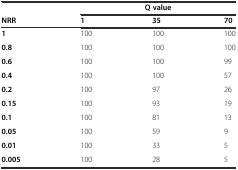
<table><thead><tr><td>[EMPTY_CELL]</td><td colspan="3"><b>Q value</b></td></tr><tr><td><b>NRR</b></td><td><b>1</b></td><td><b>35</b></td><td><b>70</b></td></tr></thead><tbody><tr><td><b>1</b></td><td>100</td><td>100</td><td>100</td></tr><tr><td><b>0.8</b></td><td>100</td><td>100</td><td>100</td></tr><tr><td><b>0.6</b></td><td>100</td><td>100</td><td>99</td></tr><tr><td><b>0.4</b></td><td>100</td><td>100</td><td>57</td></tr><tr><td><b>0.2</b></td><td>100</td><td>97</td><td>26</td></tr><tr><td><b>0.15</b></td><td>100</td><td>93</td><td>19</td></tr><tr><td><b>0.1</b></td><td>100</td><td>81</td><td>13</td></tr><tr><td><b>0.05</b></td><td>100</td><td>59</td><td>9</td></tr><tr><td><b>0.01</b></td><td>100</td><td>33</td><td>5</td></tr><tr><td><b>0.005</b></td><td>100</td><td>28</td><td>5</td></tr></tbody></table>